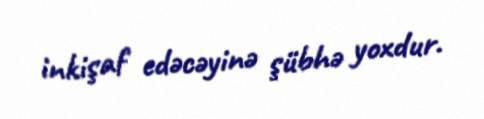
inkişaf edəcəyinə şübhə yoxdur.